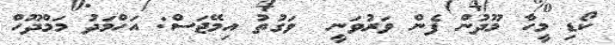
ކޯޑި މީހާ މޫދުން ފެން ވަރުވަނީ  ވަގުތު އިމޭޖަސް: އަހްމަދު މަމްދޫހް